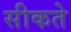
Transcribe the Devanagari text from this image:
सीकते